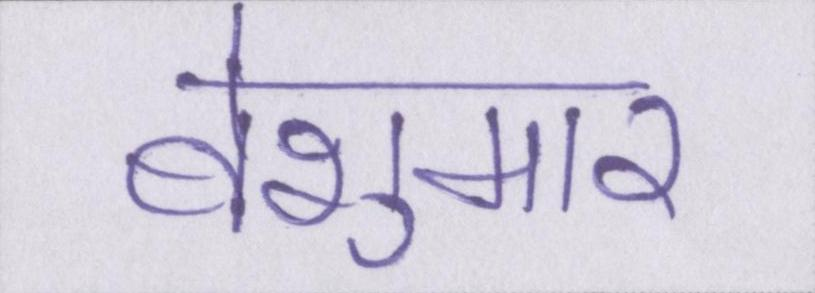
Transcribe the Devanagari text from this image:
बेशुमार